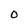
Character: O